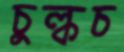
চুল্‌কচ